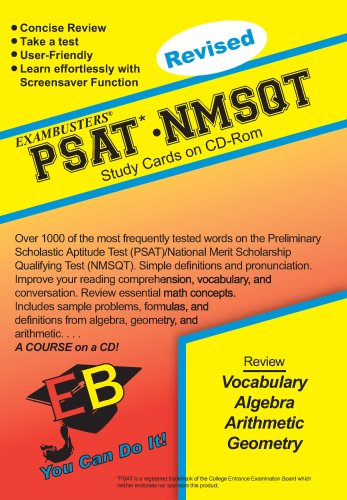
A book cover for Ace's PSAT-NMSQT Exambusters Study Cards; Ace Academics Inc; Test Preparation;